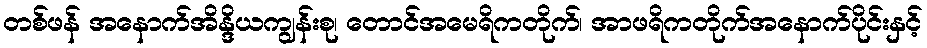
တစ်ဖန် အနောက်အိန္ဒိယကျွန်းစု၊ တောင်အမေရိကတိုက်၊ အာဖရိကတိုက်အနောက်ပိုင်းနှင့်